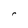
Character: r